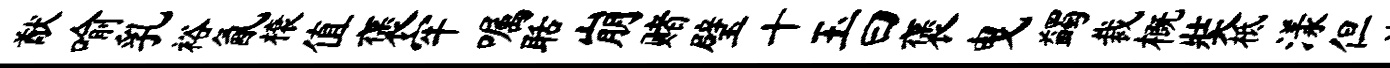
猷喻乳裕氤榱值褒牢嘱聒崩赌璧十玉曰褒曳蠲裁概奘柢漾但波